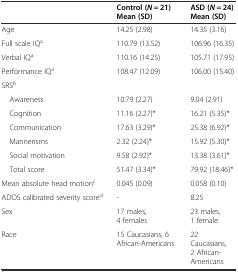
<table><thead><tr><td></td><td><b>Control (<i>N</i> = 21) Mean (SD)</b></td><td><b>ASD (<i>N</i> = 24) Mean (SD)</b></td></tr></thead><tbody><tr><td>Age</td><td>14.25 (2.98)</td><td>14.35 (3.16)</td></tr><tr><td>Full scale IQ<sup>a</sup></td><td>110.79 (13.52)</td><td>106.96 (16.35)</td></tr><tr><td>Verbal IQ<sup>a</sup></td><td>110.16 (14.25)</td><td>105.71 (17.95)</td></tr><tr><td>Performance IQ<sup>a</sup></td><td>108.47 (12.09)</td><td>106.00 (15.40)</td></tr><tr><td>SRS<sup>b</sup></td><td></td><td></td></tr><tr><td> Awareness</td><td>10.79 (2.27)</td><td>9.04 (2.91)</td></tr><tr><td> Cognition</td><td>11.16 (2.27)*</td><td>16.21 (5.35)*</td></tr><tr><td> Communication</td><td>17.63 (3.29)*</td><td>25.38 (6.92)*</td></tr><tr><td> Mannerisms</td><td>2.32 (2.24)*</td><td>15.92 (5.30)*</td></tr><tr><td> Social motivation</td><td>9.58 (2.92)*</td><td>13.38 (3.61)*</td></tr><tr><td> Total score</td><td>51.47 (3.34)*</td><td>79.92 (18.46)*</td></tr><tr><td>Mean absolute head motion<sup>c</sup></td><td>0.045 (0.09)</td><td>0.058 (0.10)</td></tr><tr><td>ADOS calibrated severity score<sup>d</sup></td><td>-</td><td>8.25</td></tr><tr><td>Sex</td><td>17 males, 4 females</td><td>23 males, 1 female</td></tr><tr><td>Race</td><td>15 Caucasians, 6 African-Americans</td><td>22 Caucasians, 2 African-Americans</td></tr></tbody></table>